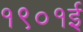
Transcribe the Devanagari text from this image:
१९०१ई